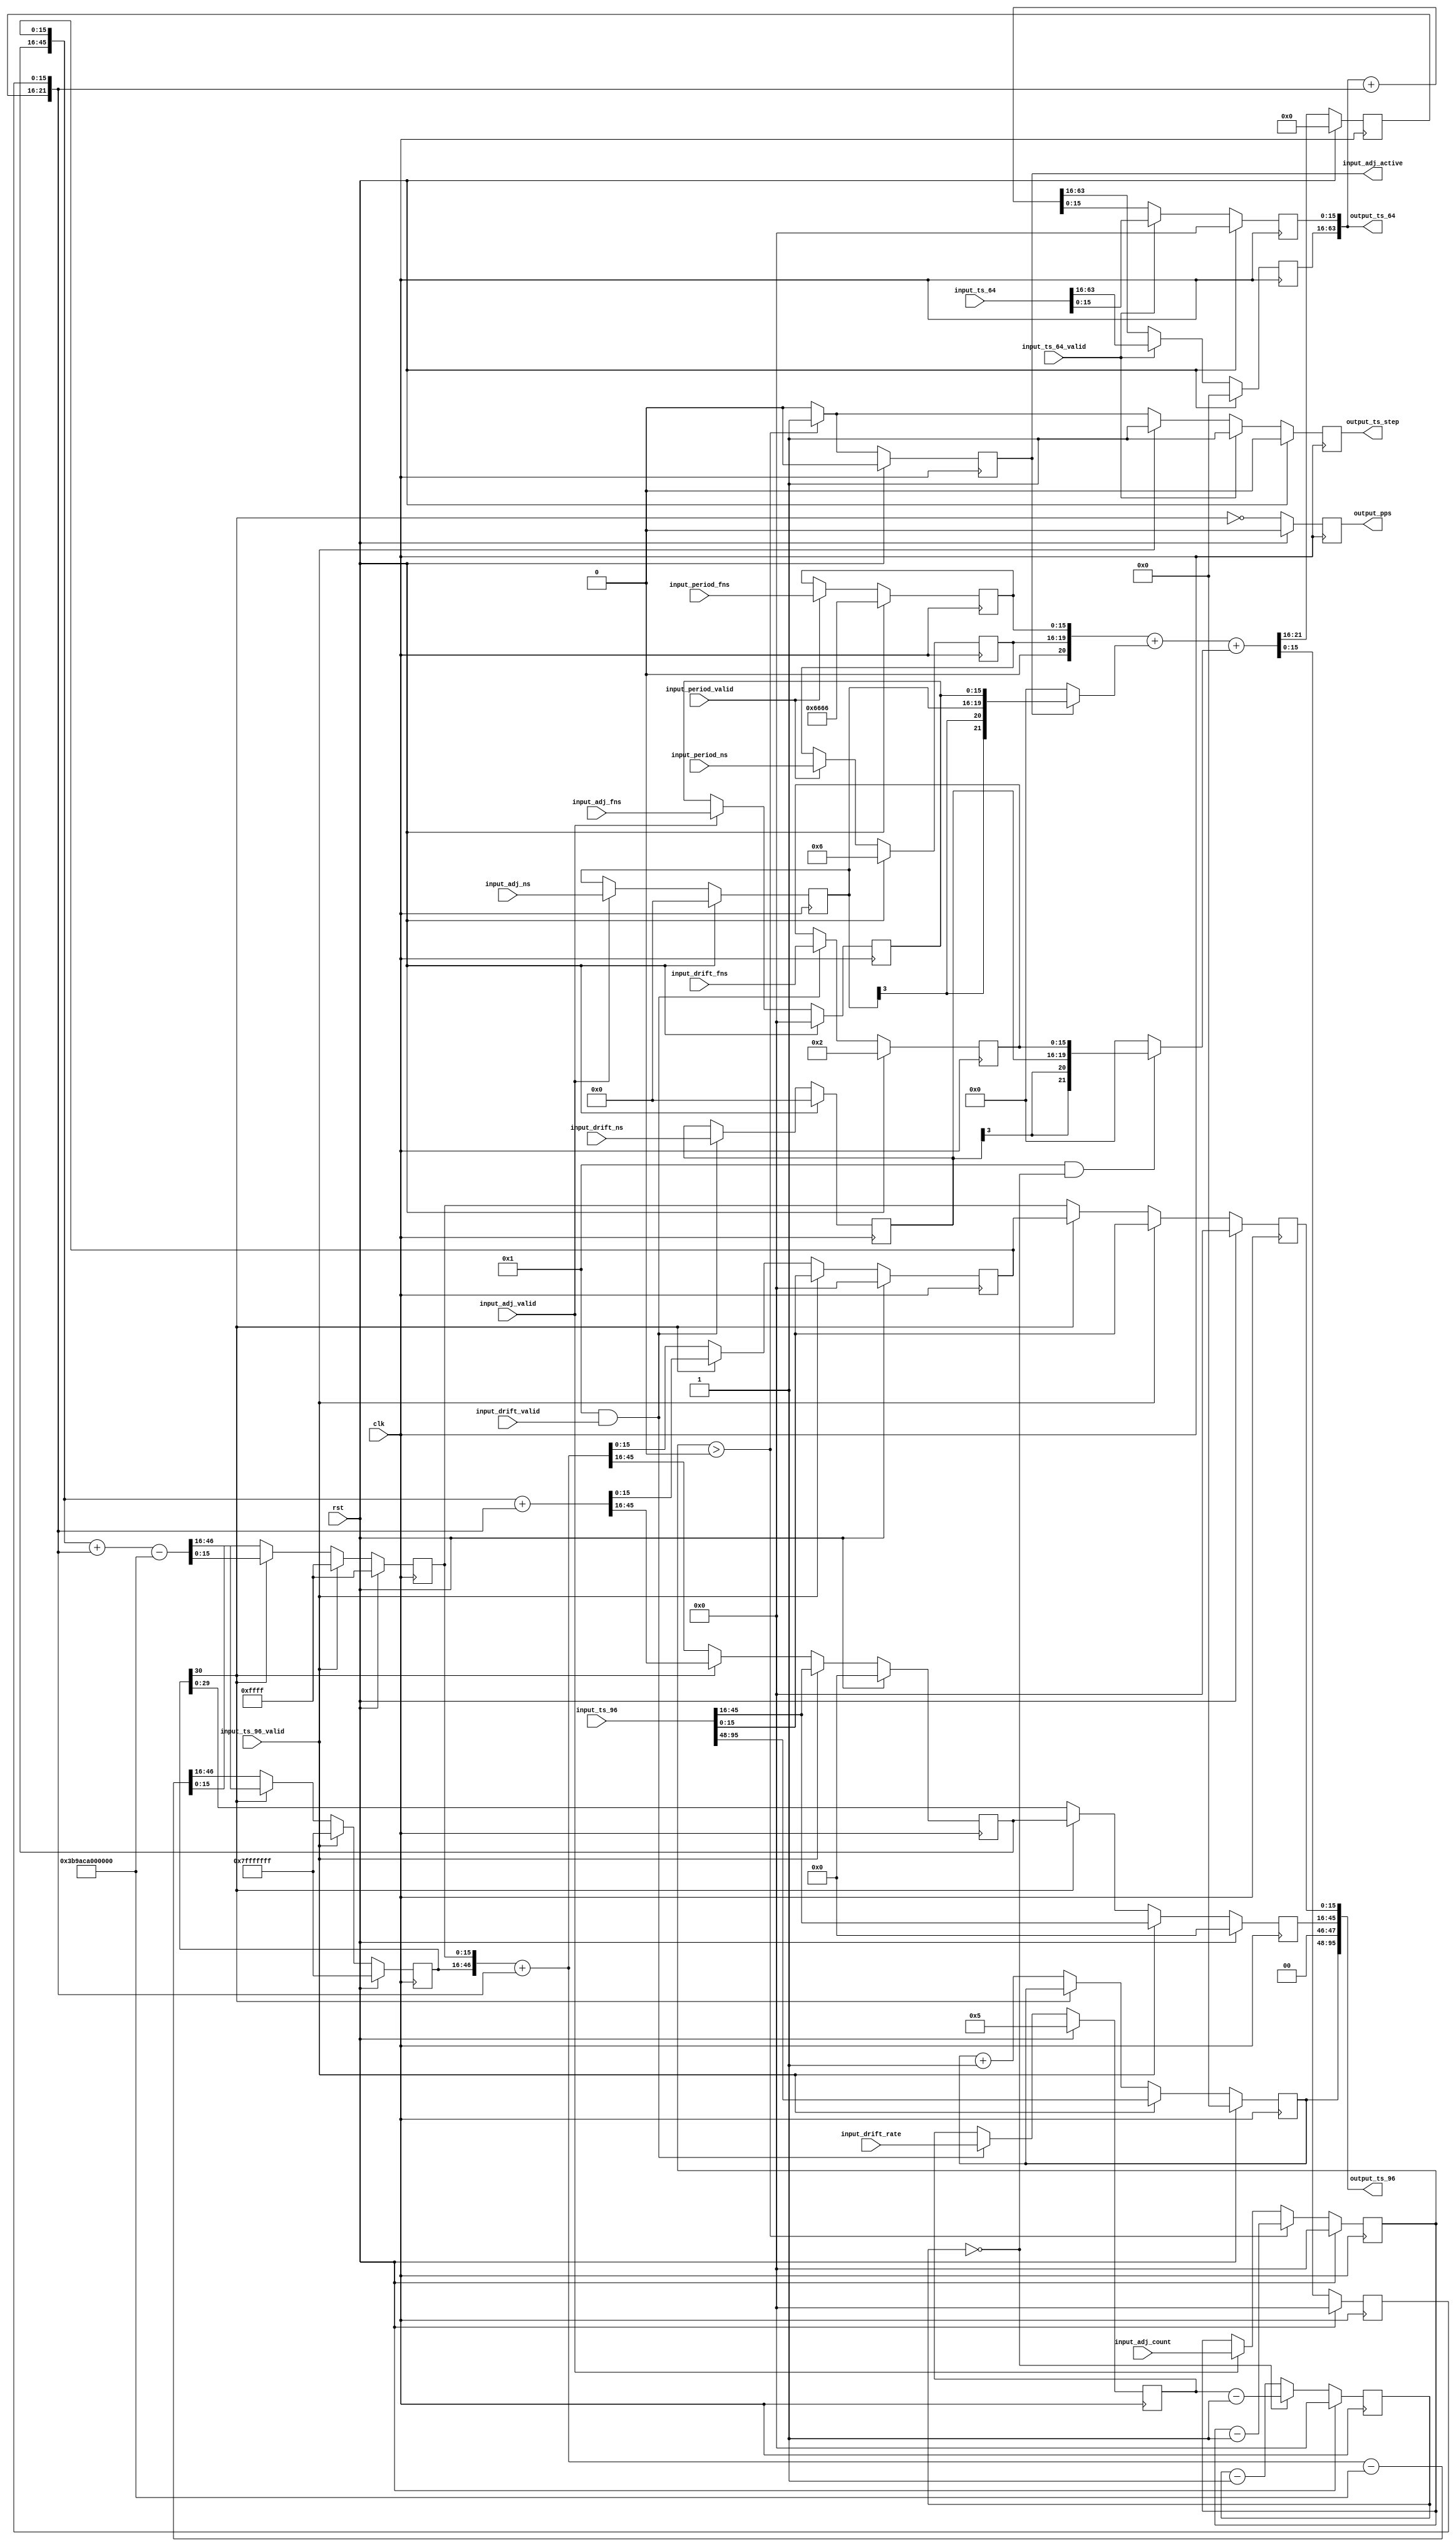
/*

Copyright (c) 2015-2019 Alex Forencich

Permission is hereby granted, free of charge, to any person obtaining a copy
of this software and associated documentation files (the "Software"), to deal
in the Software without restriction, including without limitation the rights
to use, copy, modify, merge, publish, distribute, sublicense, and/or sell
copies of the Software, and to permit persons to whom the Software is
furnished to do so, subject to the following conditions:

The above copyright notice and this permission notice shall be included in
all copies or substantial portions of the Software.

THE SOFTWARE IS PROVIDED "AS IS", WITHOUT WARRANTY OF ANY KIND, EXPRESS OR
IMPLIED, INCLUDING BUT NOT LIMITED TO THE WARRANTIES OF MERCHANTABILITY
FITNESS FOR A PARTICULAR PURPOSE AND NONINFRINGEMENT. IN NO EVENT SHALL THE
AUTHORS OR COPYRIGHT HOLDERS BE LIABLE FOR ANY CLAIM, DAMAGES OR OTHER
LIABILITY, WHETHER IN AN ACTION OF CONTRACT, TORT OR OTHERWISE, ARISING FROM,
OUT OF OR IN CONNECTION WITH THE SOFTWARE OR THE USE OR OTHER DEALINGS IN
THE SOFTWARE.

*/

// Language: Verilog 2001

`resetall
`timescale 1ns / 1ps
`default_nettype none

/*
 * PTP clock module
 */
module ptp_clock #
(
    parameter PERIOD_NS_WIDTH = 4,
    parameter OFFSET_NS_WIDTH = 4,
    parameter DRIFT_NS_WIDTH = 4,
    parameter FNS_WIDTH = 16,
    parameter PERIOD_NS = 4'h6,
    parameter PERIOD_FNS = 16'h6666,
    parameter DRIFT_ENABLE = 1,
    parameter DRIFT_NS = 4'h0,
    parameter DRIFT_FNS = 16'h0002,
    parameter DRIFT_RATE = 16'h0005,
    parameter PIPELINE_OUTPUT = 0
)
(
    input  wire                       clk,
    input  wire                       rst,

    /*
     * Timestamp inputs for synchronization
     */
    input  wire [95:0]                input_ts_96,
    input  wire                       input_ts_96_valid,
    input  wire [63:0]                input_ts_64,
    input  wire                       input_ts_64_valid,

    /*
     * Period adjustment
     */
    input  wire [PERIOD_NS_WIDTH-1:0] input_period_ns,
    input  wire [FNS_WIDTH-1:0]       input_period_fns,
    input  wire                       input_period_valid,

    /*
     * Offset adjustment
     */
    input  wire [OFFSET_NS_WIDTH-1:0] input_adj_ns,
    input  wire [FNS_WIDTH-1:0]       input_adj_fns,
    input  wire [15:0]                input_adj_count,
    input  wire                       input_adj_valid,
    output wire                       input_adj_active,

    /*
     * Drift adjustment
     */
    input  wire [DRIFT_NS_WIDTH-1:0]  input_drift_ns,
    input  wire [FNS_WIDTH-1:0]       input_drift_fns,
    input  wire [15:0]                input_drift_rate,
    input  wire                       input_drift_valid,

    /*
     * Timestamp outputs
     */
    output wire [95:0]                output_ts_96,
    output wire [63:0]                output_ts_64,
    output wire                       output_ts_step,

    /*
     * PPS output
     */
    output wire                       output_pps
);

parameter INC_NS_WIDTH = $clog2(2**PERIOD_NS_WIDTH + 2**OFFSET_NS_WIDTH + 2**DRIFT_NS_WIDTH);

reg [PERIOD_NS_WIDTH-1:0] period_ns_reg = PERIOD_NS;
reg [FNS_WIDTH-1:0] period_fns_reg = PERIOD_FNS;

reg [OFFSET_NS_WIDTH-1:0] adj_ns_reg = 0;
reg [FNS_WIDTH-1:0] adj_fns_reg = 0;
reg [15:0] adj_count_reg = 0;
reg adj_active_reg = 0;

reg [DRIFT_NS_WIDTH-1:0] drift_ns_reg = DRIFT_NS;
reg [FNS_WIDTH-1:0] drift_fns_reg = DRIFT_FNS;
reg [15:0] drift_rate_reg = DRIFT_RATE;

reg [INC_NS_WIDTH-1:0] ts_inc_ns_reg = 0;
reg [FNS_WIDTH-1:0] ts_inc_fns_reg = 0;

reg [47:0] ts_96_s_reg = 0;
reg [29:0] ts_96_ns_reg = 0;
reg [FNS_WIDTH-1:0] ts_96_fns_reg = 0;
reg [29:0] ts_96_ns_inc_reg = 0;
reg [FNS_WIDTH-1:0] ts_96_fns_inc_reg = 0;
reg [30:0] ts_96_ns_ovf_reg = 31'h7fffffff;
reg [FNS_WIDTH-1:0] ts_96_fns_ovf_reg = 16'hffff;

reg [47:0] ts_64_ns_reg = 0;
reg [FNS_WIDTH-1:0] ts_64_fns_reg = 0;

reg ts_step_reg = 1'b0;

reg [15:0] drift_cnt = 0;

reg [47:0] temp;

reg pps_reg = 0;

assign input_adj_active = adj_active_reg;

generate

if (PIPELINE_OUTPUT > 0) begin

    // pipeline
    (* shreg_extract = "no" *)
    reg [95:0]  output_ts_96_reg[0:PIPELINE_OUTPUT-1];
    (* shreg_extract = "no" *)
    reg [63:0]  output_ts_64_reg[0:PIPELINE_OUTPUT-1];
    (* shreg_extract = "no" *)
    reg         output_ts_step_reg[0:PIPELINE_OUTPUT-1];
    (* shreg_extract = "no" *)
    reg         output_pps_reg[0:PIPELINE_OUTPUT-1];

    assign output_ts_96 = output_ts_96_reg[PIPELINE_OUTPUT-1];
    assign output_ts_64 = output_ts_64_reg[PIPELINE_OUTPUT-1];
    assign output_ts_step = output_ts_step_reg[PIPELINE_OUTPUT-1];
    assign output_pps = output_pps_reg[PIPELINE_OUTPUT-1];

    integer i;

    initial begin
        for (i = 0; i < PIPELINE_OUTPUT; i = i + 1) begin
            output_ts_96_reg[i] = 96'd0;
            output_ts_64_reg[i] = 64'd0;
            output_ts_step_reg[i] = 1'b0;
            output_pps_reg[i] = 1'b0;
        end
    end

    always @(posedge clk) begin
        output_ts_96_reg[0][95:48] <= ts_96_s_reg;
        output_ts_96_reg[0][47:46] <= 2'b00;
        output_ts_96_reg[0][45:16] <= ts_96_ns_reg;
        output_ts_96_reg[0][15:0]  <= {ts_96_fns_reg, 16'd0} >> FNS_WIDTH;
        output_ts_64_reg[0][63:16] <= ts_64_ns_reg;
        output_ts_64_reg[0][15:0]  <= {ts_64_fns_reg, 16'd0} >> FNS_WIDTH;
        output_ts_step_reg[0] <= ts_step_reg;
        output_pps_reg[0] <= pps_reg;

        for (i = 0; i < PIPELINE_OUTPUT-1; i = i + 1) begin
            output_ts_96_reg[i+1] <= output_ts_96_reg[i];
            output_ts_64_reg[i+1] <= output_ts_64_reg[i];
            output_ts_step_reg[i+1] <= output_ts_step_reg[i];
            output_pps_reg[i+1] <= output_pps_reg[i];
        end

        if (rst) begin
            for (i = 0; i < PIPELINE_OUTPUT; i = i + 1) begin
                output_ts_96_reg[i] = 96'd0;
                output_ts_64_reg[i] = 64'd0;
                output_ts_step_reg[i] = 1'b0;
                output_pps_reg[i] = 1'b0;
            end
        end
    end

end else begin

    assign output_ts_96[95:48] = ts_96_s_reg;
    assign output_ts_96[47:46] = 2'b00;
    assign output_ts_96[45:16] = ts_96_ns_reg;
    assign output_ts_96[15:0]  = {ts_96_fns_reg, 16'd0} >> FNS_WIDTH;
    assign output_ts_64[63:16] = ts_64_ns_reg;
    assign output_ts_64[15:0]  = {ts_64_fns_reg, 16'd0} >> FNS_WIDTH;
    assign output_ts_step = ts_step_reg;

    assign output_pps = pps_reg;

end

endgenerate

always @(posedge clk) begin
    ts_step_reg <= 0;

    // latch parameters
    if (input_period_valid) begin
        period_ns_reg <= input_period_ns;
        period_fns_reg <= input_period_fns;
    end

    if (input_adj_valid) begin
        adj_ns_reg <= input_adj_ns;
        adj_fns_reg <= input_adj_fns;
        adj_count_reg <= input_adj_count;
    end

    if (DRIFT_ENABLE && input_drift_valid) begin
        drift_ns_reg <= input_drift_ns;
        drift_fns_reg <= input_drift_fns;
        drift_rate_reg <= input_drift_rate;
    end

    // timestamp increment calculation
    {ts_inc_ns_reg, ts_inc_fns_reg} <= $signed({1'b0, period_ns_reg, period_fns_reg}) +
        (adj_active_reg ? $signed({adj_ns_reg, adj_fns_reg}) : 0) +
        ((DRIFT_ENABLE && drift_cnt == 0) ? $signed({drift_ns_reg, drift_fns_reg}) : 0);

    // offset adjust counter
    if (adj_count_reg > 0) begin
        adj_count_reg <= adj_count_reg - 1;
        adj_active_reg <= 1;
        ts_step_reg <= 1;
    end else begin
        adj_active_reg <= 0;
    end

    // drift counter
    if (drift_cnt == 0) begin
        drift_cnt <= drift_rate_reg-1;
    end else begin
        drift_cnt <= drift_cnt - 1;
    end

    // 96 bit timestamp
    if (!ts_96_ns_ovf_reg[30]) begin
        // if the overflow lookahead did not borrow, one second has elapsed
        // increment seconds field, pre-compute both normal increment and overflow values
        {ts_96_ns_inc_reg, ts_96_fns_inc_reg} <= {ts_96_ns_ovf_reg, ts_96_fns_ovf_reg} + {ts_inc_ns_reg, ts_inc_fns_reg};
        {ts_96_ns_ovf_reg, ts_96_fns_ovf_reg} <= {ts_96_ns_ovf_reg, ts_96_fns_ovf_reg} + {ts_inc_ns_reg, ts_inc_fns_reg} - {31'd1_000_000_000, {FNS_WIDTH{1'b0}}};
        {ts_96_ns_reg, ts_96_fns_reg} <= {ts_96_ns_ovf_reg, ts_96_fns_ovf_reg};
        ts_96_s_reg <= ts_96_s_reg + 1;
    end else begin
        // no increment seconds field, pre-compute both normal increment and overflow values
        {ts_96_ns_inc_reg, ts_96_fns_inc_reg} <= {ts_96_ns_inc_reg, ts_96_fns_inc_reg} + {ts_inc_ns_reg, ts_inc_fns_reg};
        {ts_96_ns_ovf_reg, ts_96_fns_ovf_reg} <= {ts_96_ns_inc_reg, ts_96_fns_inc_reg} + {ts_inc_ns_reg, ts_inc_fns_reg} - {31'd1_000_000_000, {FNS_WIDTH{1'b0}}};
        {ts_96_ns_reg, ts_96_fns_reg} <= {ts_96_ns_inc_reg, ts_96_fns_inc_reg};
        ts_96_s_reg <= ts_96_s_reg;
    end

    if (input_ts_96_valid) begin
        // load timestamp
        ts_96_s_reg <= input_ts_96[95:48];
        ts_96_ns_reg <= input_ts_96[45:16];
        ts_96_ns_inc_reg <= input_ts_96[45:16];
        ts_96_ns_ovf_reg <= 31'h7fffffff;
        ts_96_fns_reg <= FNS_WIDTH > 16 ? input_ts_96[15:0] << (FNS_WIDTH-16) : input_ts_96[15:0] >> (16-FNS_WIDTH);
        ts_96_fns_inc_reg <= FNS_WIDTH > 16 ? input_ts_96[15:0] << (FNS_WIDTH-16) : input_ts_96[15:0] >> (16-FNS_WIDTH);
        ts_96_fns_ovf_reg <= {FNS_WIDTH{1'b1}};
        ts_step_reg <= 1;
    end

    // 64 bit timestamp
    {ts_64_ns_reg, ts_64_fns_reg} <= {ts_64_ns_reg, ts_64_fns_reg} + {ts_inc_ns_reg, ts_inc_fns_reg};

    if (input_ts_64_valid) begin
        // load timestamp
        {ts_64_ns_reg, ts_64_fns_reg} <= input_ts_64;
        ts_step_reg <= 1;
    end

    pps_reg <= !ts_96_ns_ovf_reg[30];

    if (rst) begin
        period_ns_reg <= PERIOD_NS;
        period_fns_reg <= PERIOD_FNS;
        adj_ns_reg <= 0;
        adj_fns_reg <= 0;
        adj_count_reg <= 0;
        adj_active_reg <= 0;
        drift_ns_reg <= DRIFT_NS;
        drift_fns_reg <= DRIFT_FNS;
        drift_rate_reg <= DRIFT_RATE;
        ts_inc_ns_reg <= 0;
        ts_inc_fns_reg <= 0;
        ts_96_s_reg <= 0;
        ts_96_ns_reg <= 0;
        ts_96_fns_reg <= 0;
        ts_96_ns_inc_reg <= 0;
        ts_96_fns_inc_reg <= 0;
        ts_96_ns_ovf_reg <= 31'h7fffffff;
        ts_96_fns_ovf_reg <= {FNS_WIDTH{1'b1}};
        ts_64_ns_reg <= 0;
        ts_64_fns_reg <= 0;
        ts_step_reg <= 0;
        drift_cnt <= 0;
        pps_reg <= 0;
    end
end

endmodule

`resetall